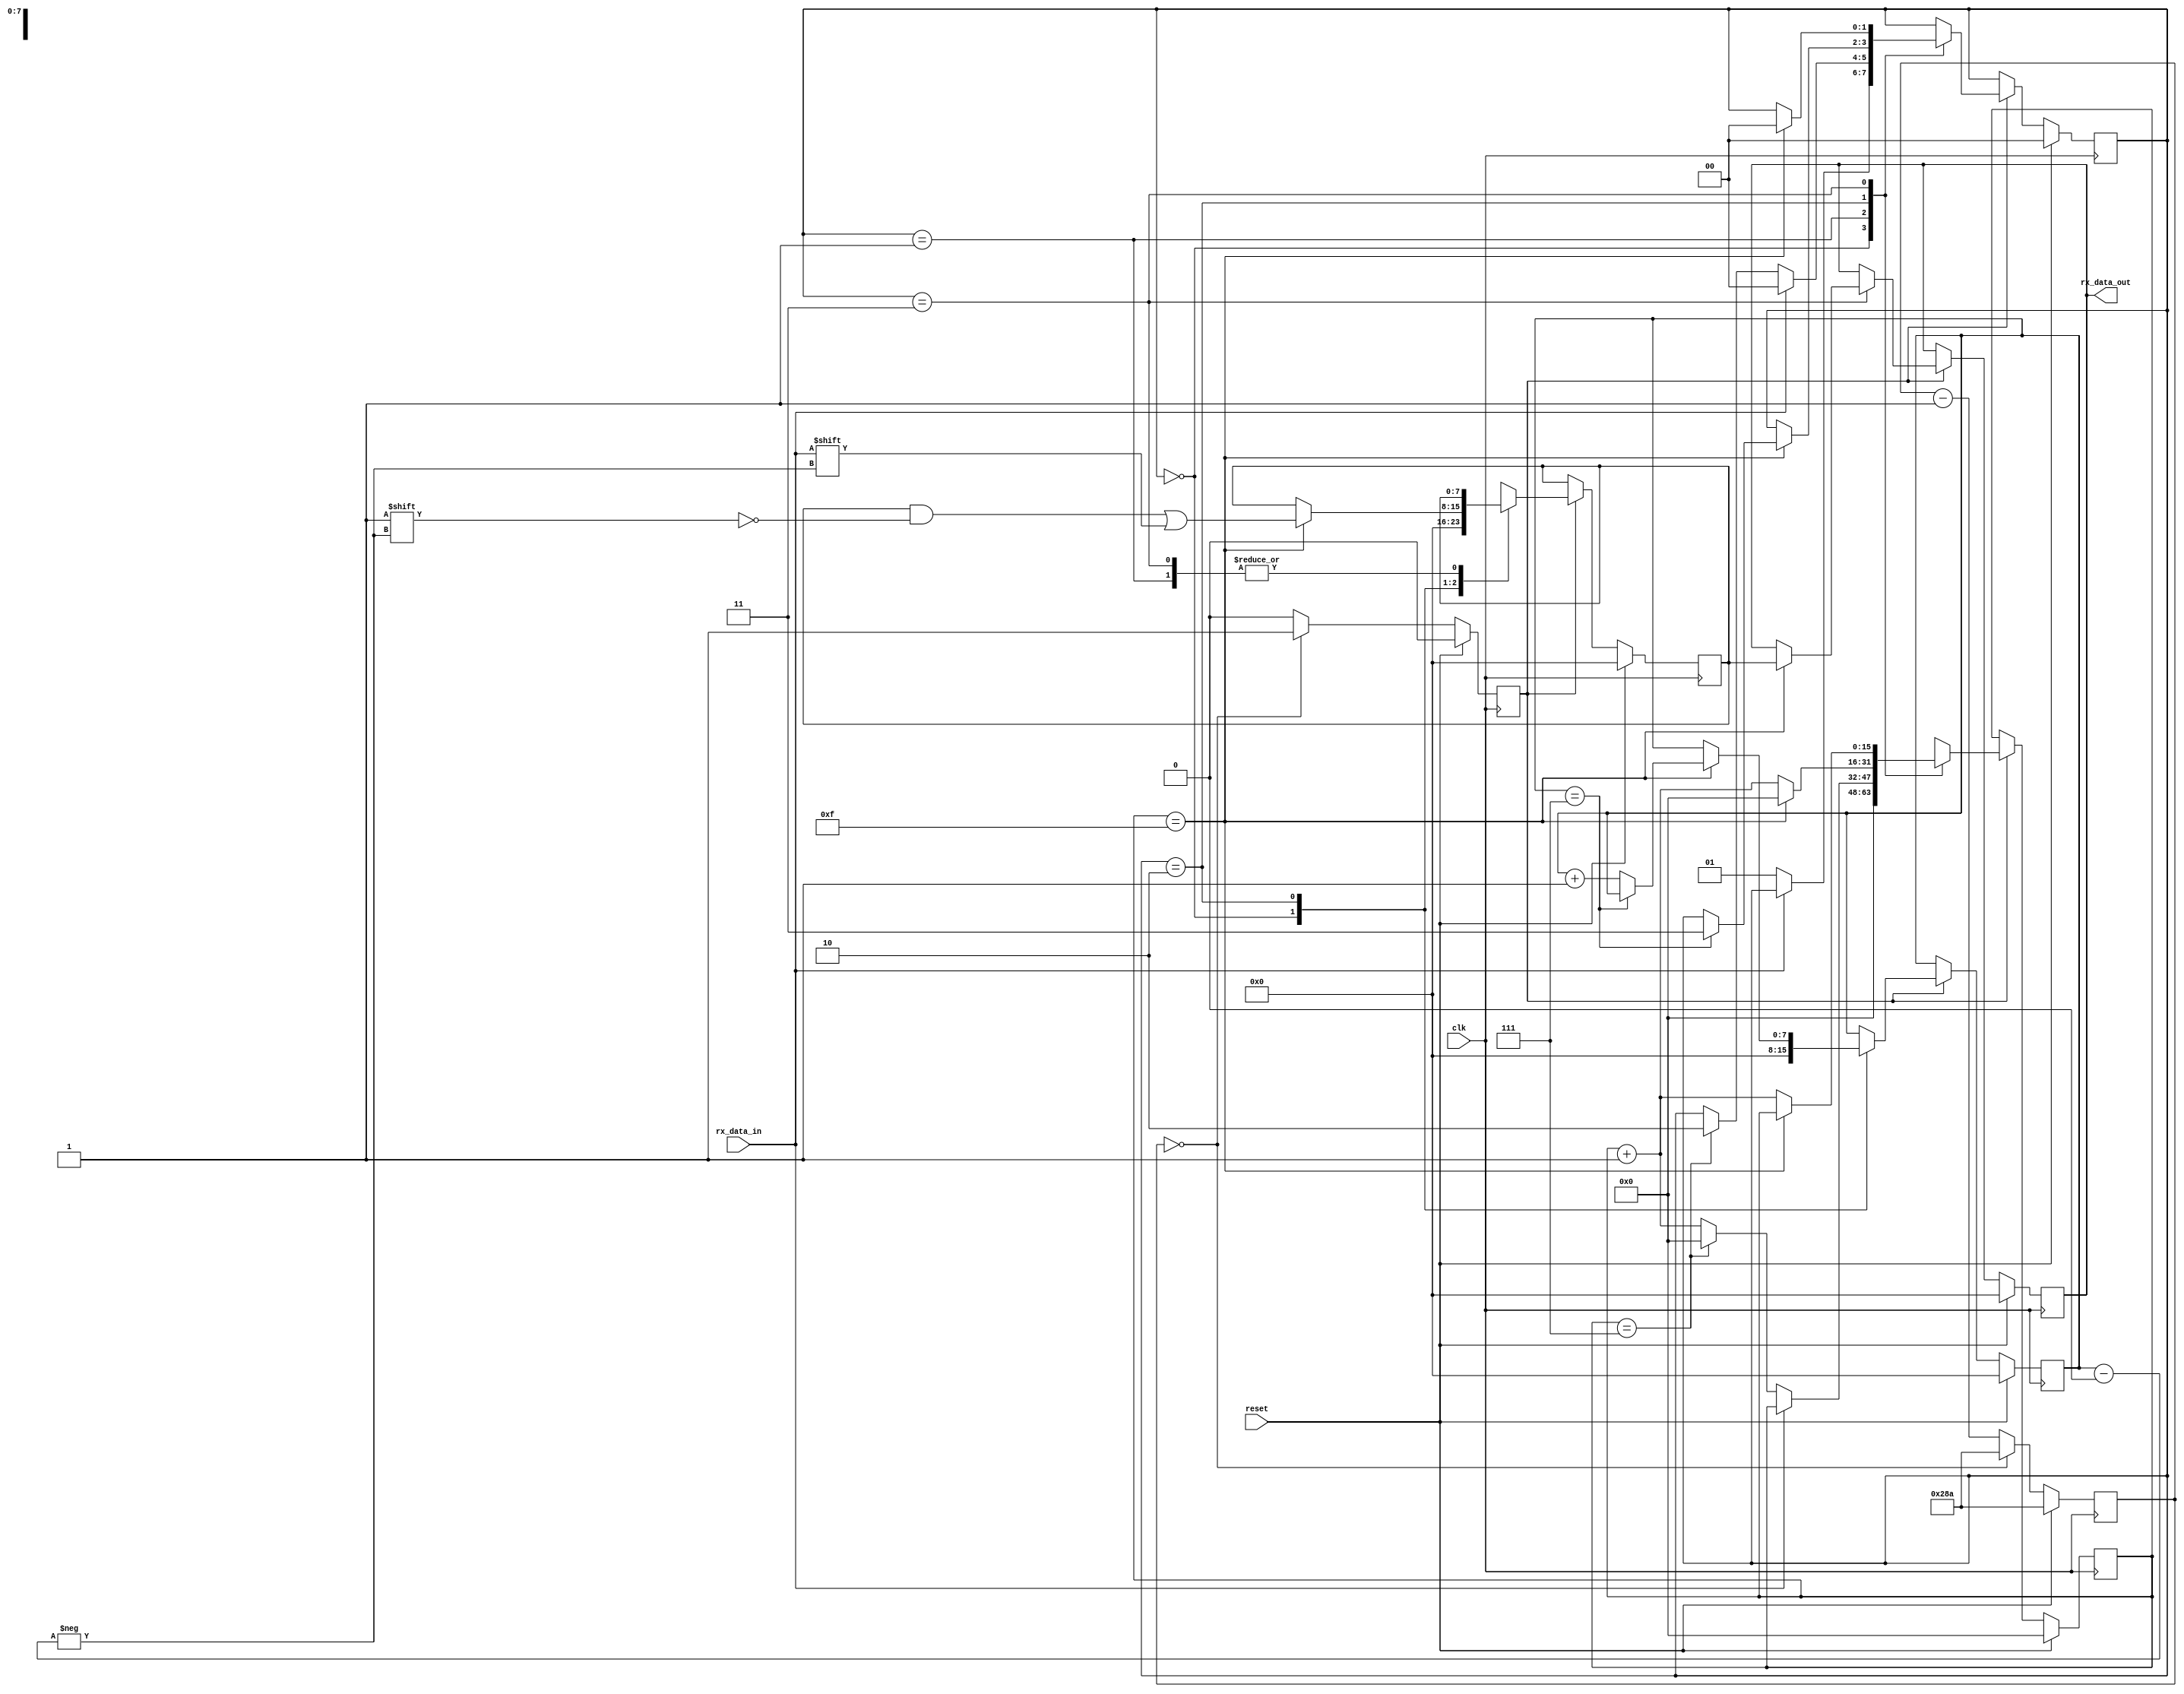
`timescale 1ns / 1ps
//////////////////////////////////////////////////////////////////////////////////
// Company: 
// Engineer: 
// 
// Design Name: 
// Module Name: UART_rx
// Project Name: 
// Target Devices: 
// Tool Versions: 
// Description: 
// 
// Dependencies: 
// 
// Revision:
// Revision 0.01 - File Created
// Additional Comments:
// 
//////////////////////////////////////////////////////////////////////////////////


module UART_rx #(
    parameter BAUD_X16_CLK_TICKS = 651 //651,54 -- clk/baud_rate (100 000 000 / 115 200 = 868.0555)
    )(
    input clk,
    input reset,
    input rx_data_in,
    output reg [7:0] rx_data_out
    );
    
    reg baud_rate_x16 = 0;
    reg [7:0] rx_stored_data=0;
    
    reg [1:0] present_state = 0;
//    reg [1:0] next_state = 0;
    
    localparam IDLE = 2'b00, START = 2'b01, DATA = 2'b10, STOP = 2'b11;
    
    reg [0:$clog2(BAUD_X16_CLK_TICKS)-1] baud_x16_count = (BAUD_X16_CLK_TICKS-1);
    
    always @(posedge clk)
    begin
       if(reset)
        begin
            baud_rate_x16 <= 0;
            baud_x16_count <= (BAUD_X16_CLK_TICKS - 1);
        end
        else
            if(baud_x16_count == 0)begin
                baud_rate_x16 <= 1;
                baud_x16_count <= (BAUD_X16_CLK_TICKS - 1);
            end 
            else begin
                baud_rate_x16 <= 0;
                baud_x16_count <= (baud_x16_count - 1);
            end
    end
    
    reg [0:15] bit_duration_count = 0;
    reg [0:7] bit_count = 0;
    
    always @(posedge clk)
    begin
        if(reset)begin
            present_state <= IDLE;
            rx_stored_data <= 0;
            rx_data_out <= 0;
            bit_duration_count <= 0; 
            bit_count <= 0; 
        end
        else
            if(baud_rate_x16 == 1)
                case(present_state)
                    IDLE: begin
                            rx_stored_data <= 0;
                            bit_duration_count = 0;
                            bit_count <= 0;
                            if(rx_data_in == 0)
                                present_state <= START;
                            end
                            
                    START: begin
                            if(rx_data_in == 0)
                                if(bit_duration_count == 7)begin
                                present_state <= DATA;
                                bit_duration_count <= 0;
                                end
                                else
                                    bit_duration_count <= bit_duration_count +1; 
                            else 
                            present_state <= IDLE;
                            end
                    DATA: begin
                            if(bit_duration_count ==15)begin
                                rx_stored_data[bit_count] <= rx_data_in;
                                bit_duration_count <= 0;   
                                if(bit_count ==7)begin    
                                    present_state <= STOP;
                                    bit_duration_count <= 0;  
                                end
                                else
                                    bit_count <= bit_count + 1; 
                                end
                            else
                                bit_duration_count <= bit_duration_count +1; 
                            end
                            
                    STOP: begin
                            if(bit_duration_count ==15)begin
                                rx_data_out <= rx_stored_data;
                                present_state <= IDLE;
                            end
                            else
                                bit_duration_count <= bit_duration_count +1;
                            end
                            
                    default: present_state <= IDLE;
                endcase
    
    end
    
    
endmodule